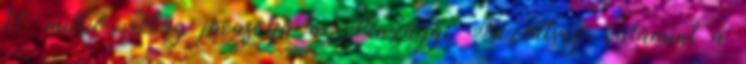
10 millió Ft-ig javasolja a Pénzügyi Bizottság, valamint a